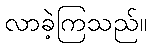
လာခဲ့ကြသည်။